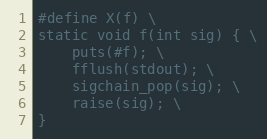
Language: C
#define X(f) \
static void f(int sig) { \
	puts(#f); \
	fflush(stdout); \
	sigchain_pop(sig); \
	raise(sig); \
}